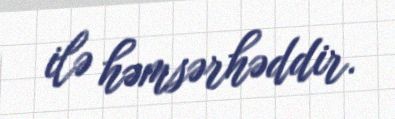
ilə həmsərhəddir.